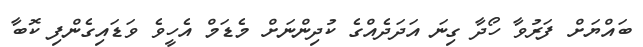
ބައްޔަށް ފަރުވާ ހޯދާ ގިނަ އަދަދެއްގެ ކުދިންނަށް މެޑަމް އެހީވެ ވަޑައިގެންފި ކޮބާ